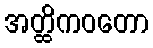
အတ္ထိကဝတော